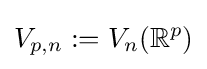
V_{p,n}:=V_{n}(\mathbb {R} ^{p})